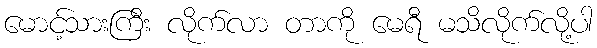
မောင့်သားကြီး လိုက်လာ တာကို မေရီ မသိလိုက်လို့ပါ